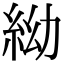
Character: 𥿌